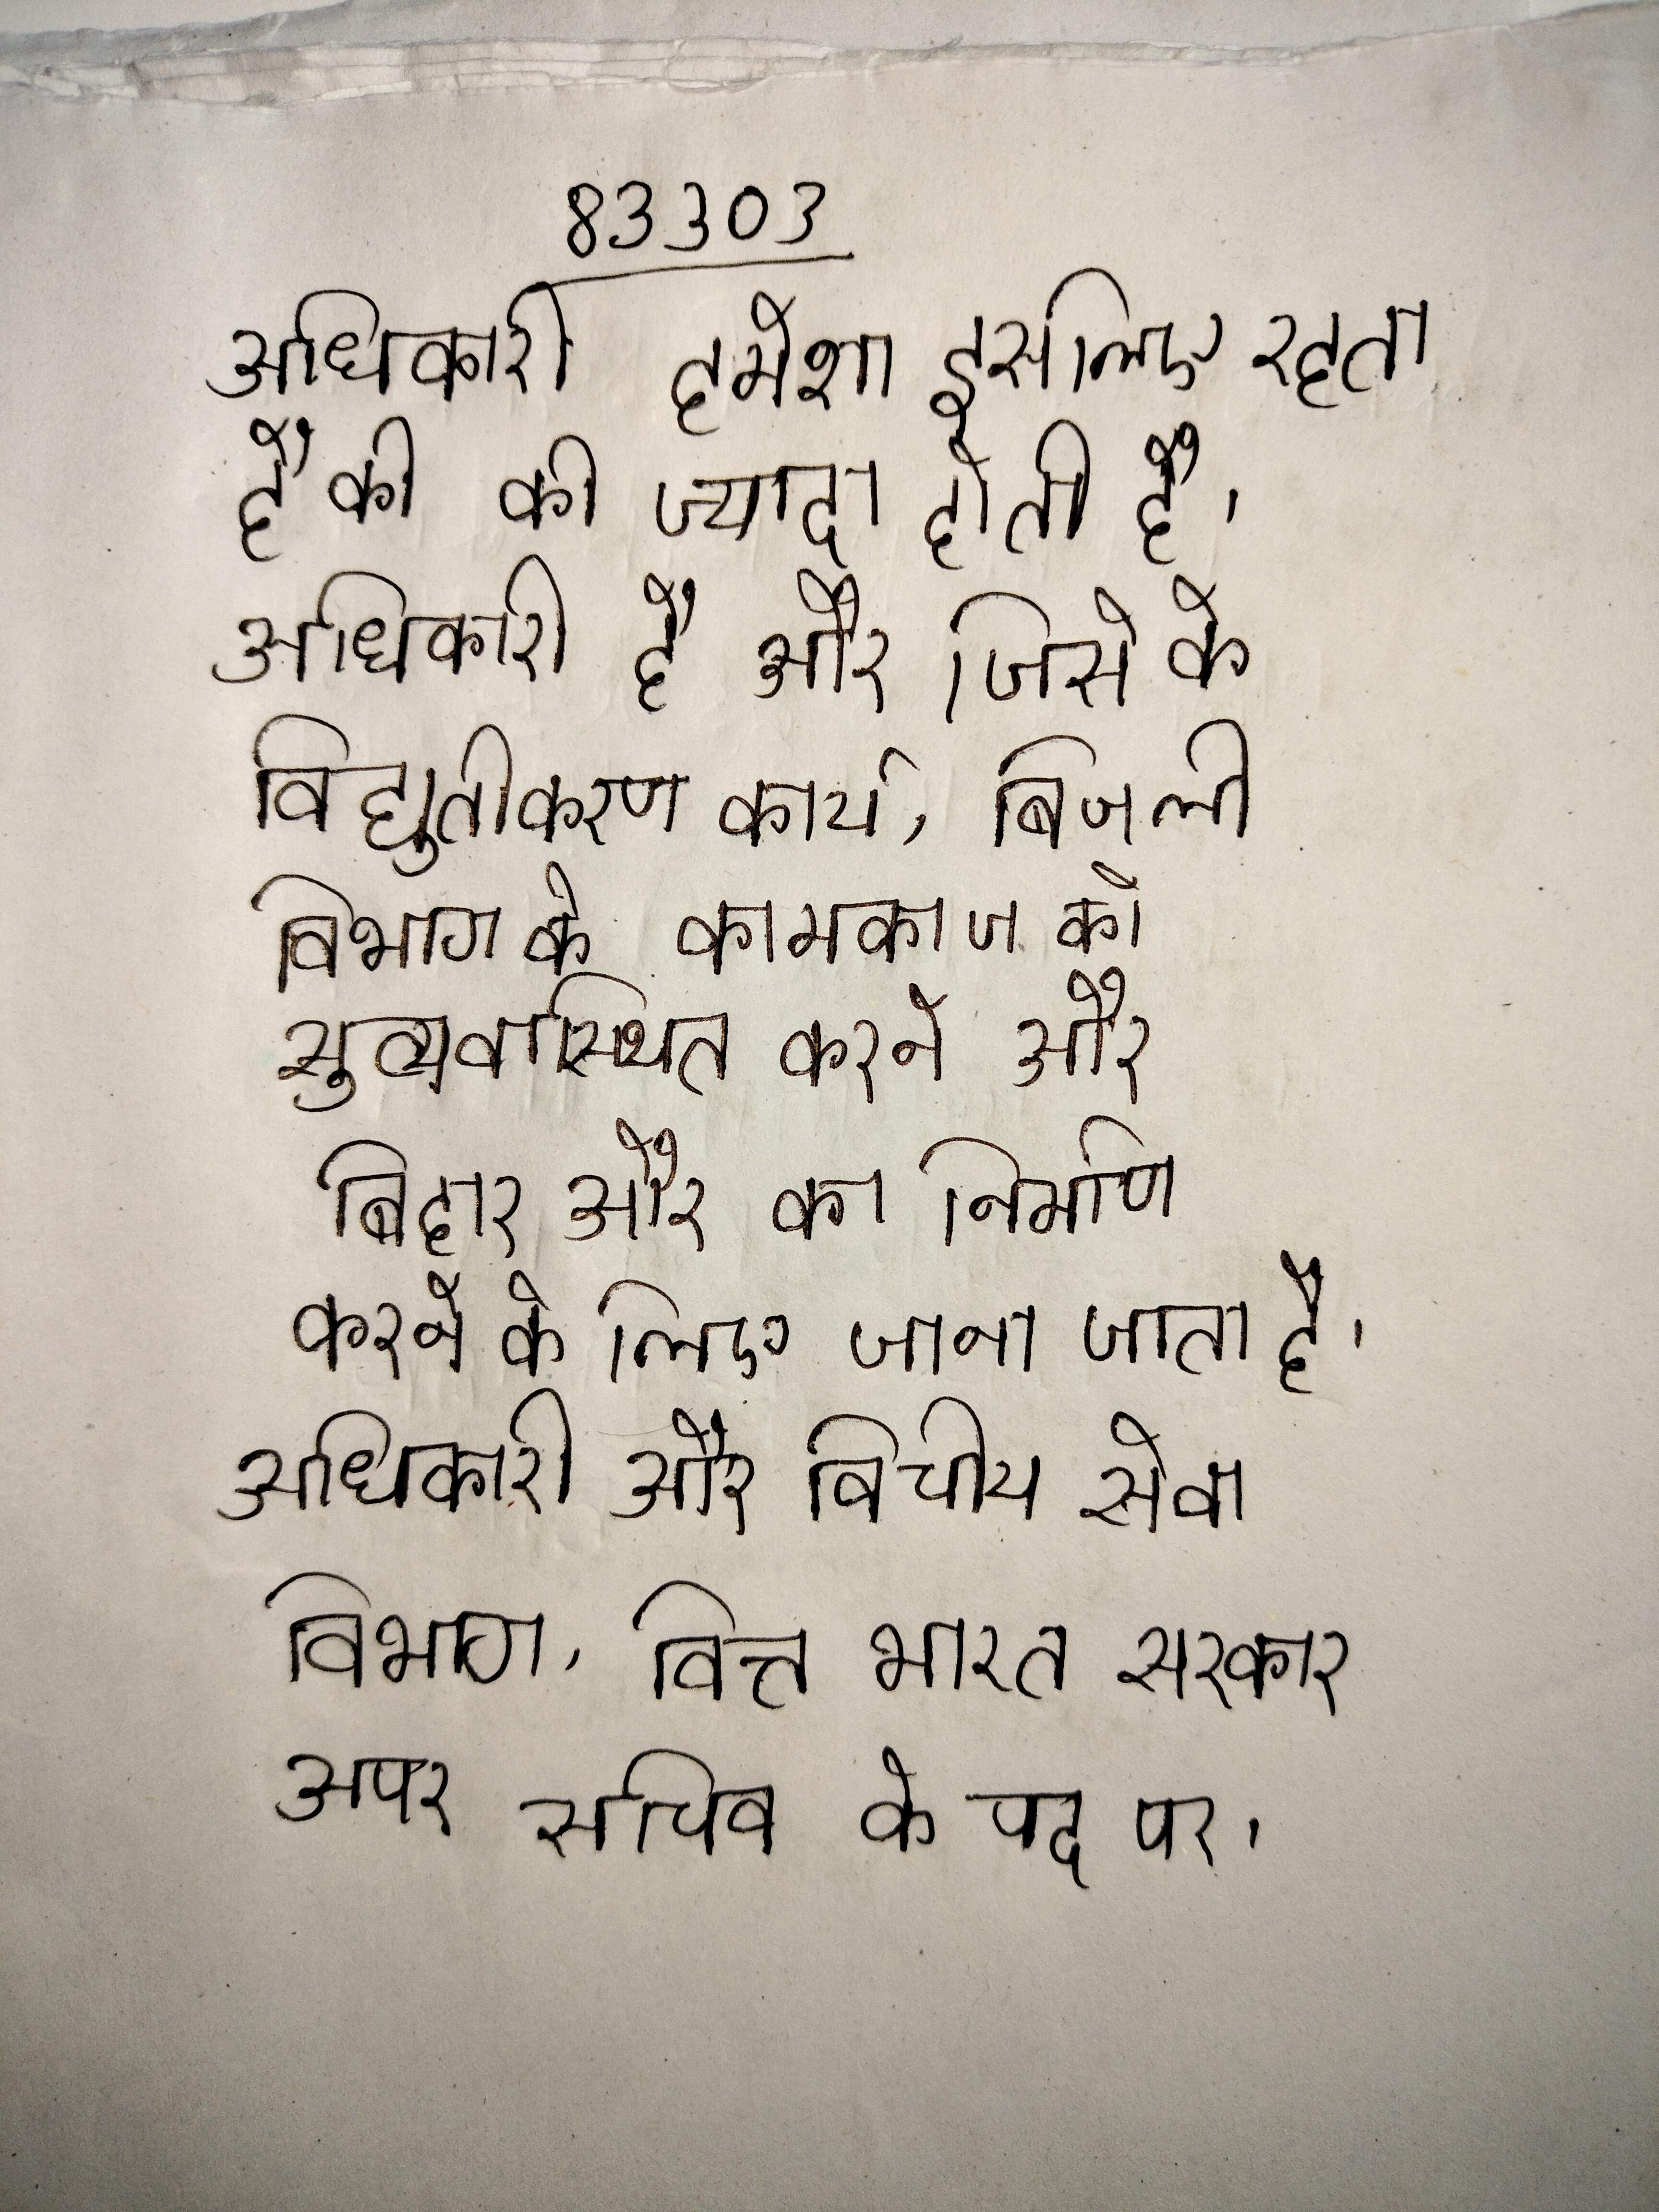
अधिकारी हमेशा इसलिए रहता है कि की ज्यादा होती है । अधिकारी है और जिसे के विद्युतीकरण कार्य, बिजली विभाग के कामकाज को सुव्यवस्थित करने और बिहार और का निर्माण करने के लिए जाना जाता है । अधिकारी और वित्तीय सेवा विभाग, वित्त भारत सरकार अपर सचिव के पद पर ।